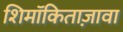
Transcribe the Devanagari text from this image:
शिमॉकिताज़ावा